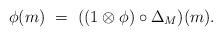
LaTeX: \begin{align*}\phi(m) \ = \ ((1\otimes \phi)\circ \Delta_M)(m).\end{align*}